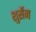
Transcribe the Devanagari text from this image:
शुर्सेन